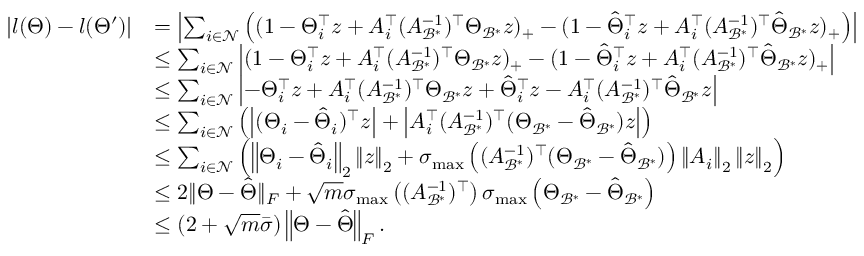
\begin{array} { r l } { | l ( { \Theta } ) - l ( { \Theta } ^ { \prime } ) | } & { = \left| \sum _ { i \in \mathcal { N } } \left( ( 1 - { \Theta } _ { i } ^ { \top } { z } + { A } _ { i } ^ { \top } ( { A } _ { \mathcal { B } ^ { * } } ^ { - 1 } ) ^ { \top } { \Theta } _ { \mathcal { B } ^ { * } } { z } ) _ { + } - ( 1 - \hat { { \Theta } } _ { i } ^ { \top } { z } + { A } _ { i } ^ { \top } ( { A } _ { \mathcal { B } ^ { * } } ^ { - 1 } ) ^ { \top } \hat { { \Theta } } _ { \mathcal { B } ^ { * } } { z } ) _ { + } \right) \right| } \\ & { \leq \sum _ { i \in \mathcal { N } } \left| ( 1 - { \Theta } _ { i } ^ { \top } { z } + { A } _ { i } ^ { \top } ( { A } _ { \mathcal { B } ^ { * } } ^ { - 1 } ) ^ { \top } { \Theta } _ { \mathcal { B } ^ { * } } { z } ) _ { + } - ( 1 - \hat { { \Theta } } _ { i } ^ { \top } { z } + { A } _ { i } ^ { \top } ( { A } _ { \mathcal { B } ^ { * } } ^ { - 1 } ) ^ { \top } \hat { { \Theta } } _ { \mathcal { B } ^ { * } } { z } ) _ { + } \right| } \\ & { \leq \sum _ { i \in \mathcal { N } } \left| - { \Theta } _ { i } ^ { \top } { z } + { A } _ { i } ^ { \top } ( { A } _ { \mathcal { B } ^ { * } } ^ { - 1 } ) ^ { \top } { \Theta } _ { \mathcal { B } ^ { * } } { z } + \hat { { \Theta } } _ { i } ^ { \top } { z } - { A } _ { i } ^ { \top } ( { A } _ { \mathcal { B } ^ { * } } ^ { - 1 } ) ^ { \top } \hat { { \Theta } } _ { \mathcal { B } ^ { * } } { z } \right| } \\ & { \leq \sum _ { i \in \mathcal { N } } \left( \left| ( { \Theta } _ { i } - \hat { { \Theta } } _ { i } ) ^ { \top } { z } \right| + \left| { A } _ { i } ^ { \top } ( { A } _ { \mathcal { B } ^ { * } } ^ { - 1 } ) ^ { \top } ( { \Theta } _ { \mathcal { B } ^ { * } } - \hat { { \Theta } } _ { \mathcal { B } ^ { * } } ) { z } \right| \right) } \\ & { \leq \sum _ { i \in \mathcal { N } } \left( \left\| { \Theta } _ { i } - \hat { { \Theta } } _ { i } \right\| _ { 2 } \left\| { z } \right\| _ { 2 } + \sigma _ { \operatorname* { m a x } } \left( ( { A } _ { \mathcal { B } ^ { * } } ^ { - 1 } ) ^ { \top } ( { \Theta } _ { \mathcal { B } ^ { * } } - \hat { { \Theta } } _ { \mathcal { B } ^ { * } } ) \right) \left\| { A } _ { i } \right\| _ { 2 } \left\| { z } \right\| _ { 2 } \right) } \\ & { \leq 2 \| { \Theta } - \hat { \Theta } \| _ { F } + \sqrt { m } \sigma _ { \operatorname* { m a x } } \left( ( { A } _ { \mathcal { B } ^ { * } } ^ { - 1 } ) ^ { \top } \right) \sigma _ { \operatorname* { m a x } } \left( { \Theta } _ { \mathcal { B } ^ { * } } - \hat { { \Theta } } _ { \mathcal { B } ^ { * } } \right) } \\ & { \leq ( 2 + \sqrt { m } \bar { \sigma } ) \left\| { \Theta } - \hat { { \Theta } } \right\| _ { F } . } \end{array}